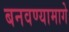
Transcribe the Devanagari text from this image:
बनवण्यामागे